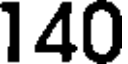
140